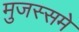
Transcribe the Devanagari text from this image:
मुजस्समे